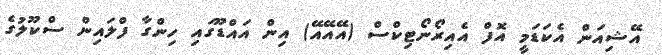
އޭޝިއަން އެކަޑަމީ އޮފް އެއިރޯނޯޓިކްސް (އޭއޭއޭ) އިން އައްޑޫގައި ހިންގާ ފްލައިން ސްކޫލުގެ